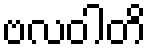
ဗလဝါတိ